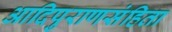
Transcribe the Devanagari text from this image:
आदिपुराणसंहिता